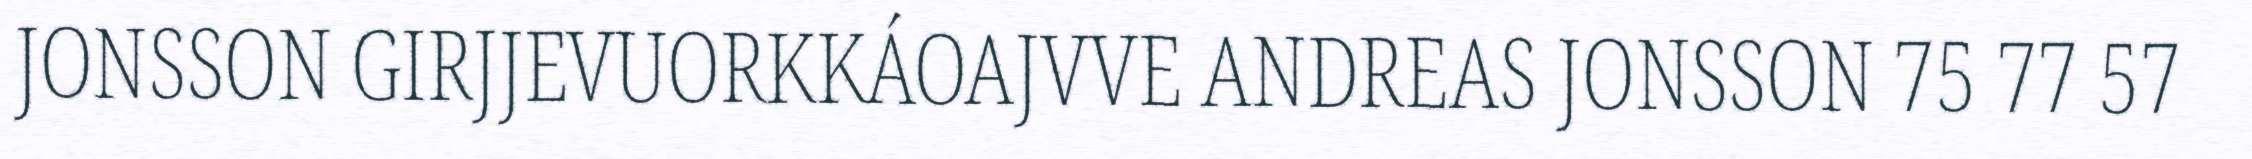
JONSSON GIRJJEVUORKKÁOAJVVE ANDREAS JONSSON 75 77 57